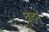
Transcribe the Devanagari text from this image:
धुंडने